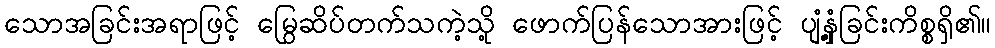
သောအခြင်းအရာဖြင့် မြွေဆိပ်တက်သကဲ့သို့ ဖောက်ပြန်သောအားဖြင့် ပျံ့နှံ့ခြင်းကိစ္စရှိ၏။